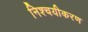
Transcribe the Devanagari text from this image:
निश्चयीकरण